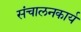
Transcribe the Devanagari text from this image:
संचालनकार्य